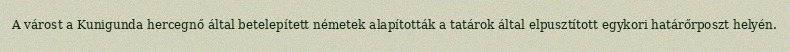
A várost a Kunigunda hercegnő által betelepített németek alapították a tatárok által elpusztított egykori határőrposzt helyén.